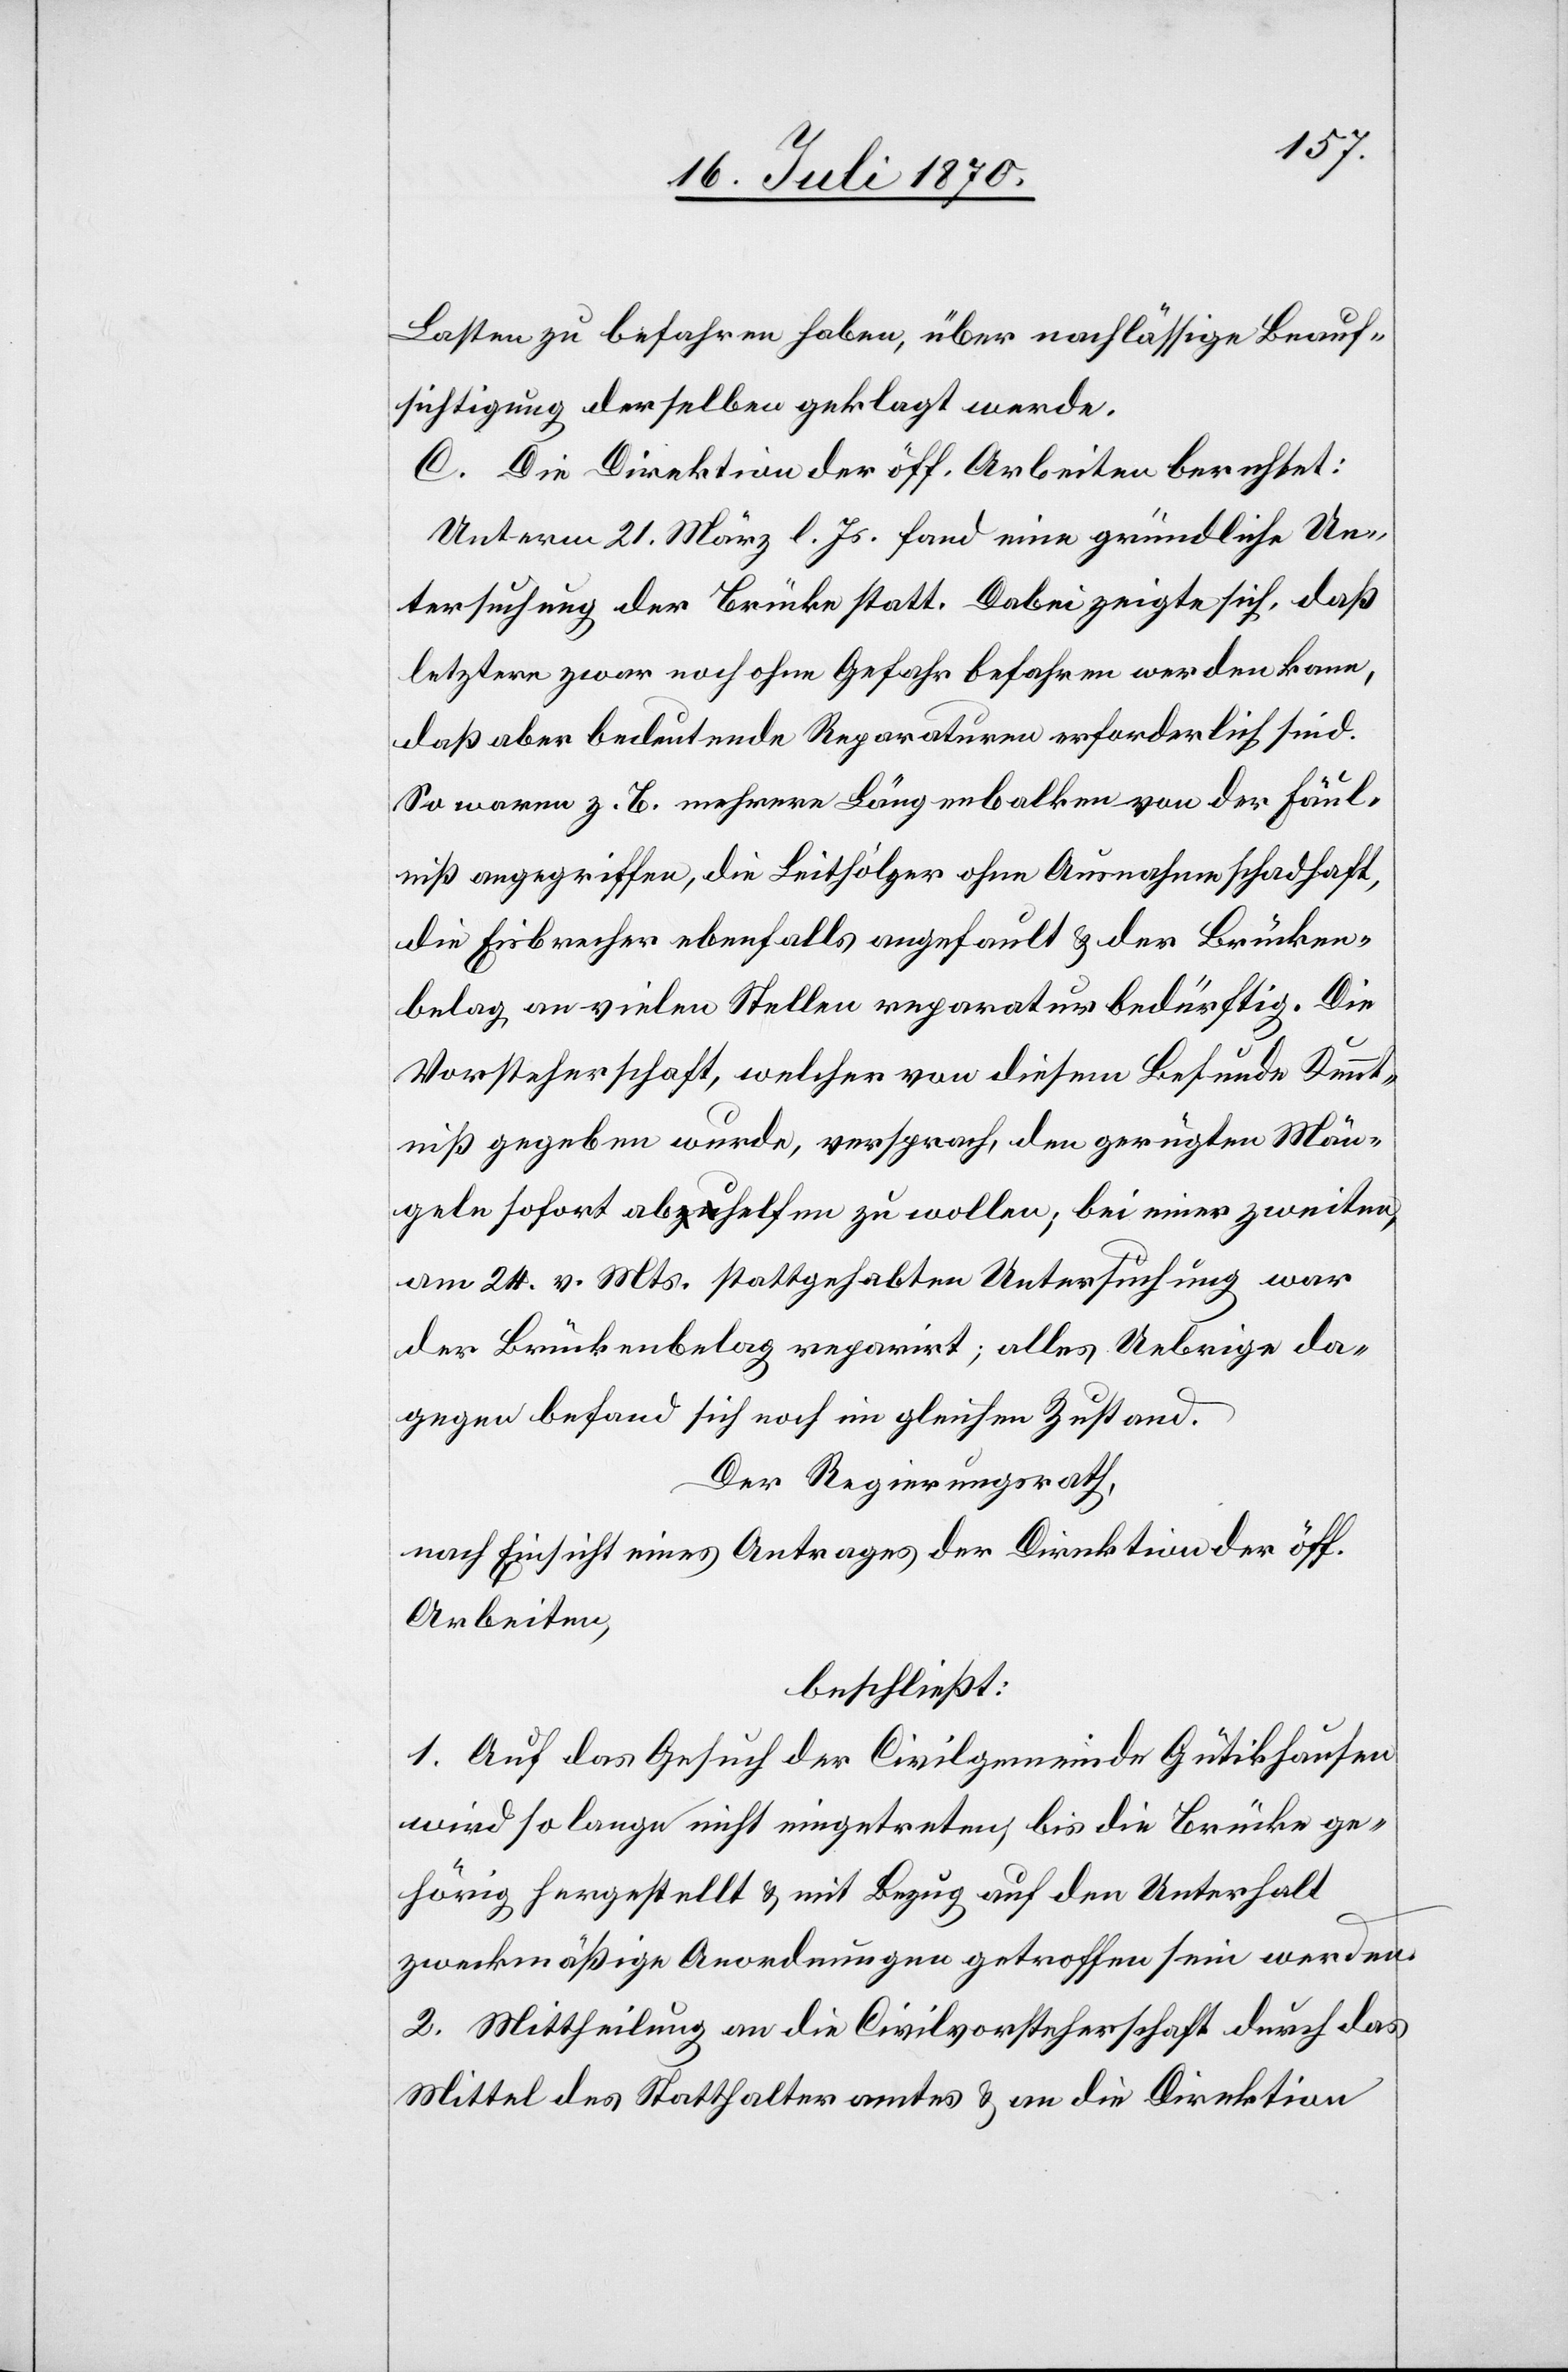
Lasten zu befahren haben, über nachlässige Beauf¬
sichtigung derselben geklagt werde.
C. Die Direktion der öff. Arbeiten berichtet:
Unterm 21. März l. Js. fand eine gründliche Un¬
tersuchung der Brücke statt. Dabei zeigte sich, daß
letztere zwar noch ohne Gefahr befahren werden kann,
daß aber bedeutende Reparaturen erforderlich sind.
So waren z. B. mehrere Längenbalken von der Fäul¬
niß angegriffen, die Leithölzer ohne Ausnahme schadhaft,
die Eisbrecher ebenfalls angefault & der Brücken¬
belag an vielen Stellen reparaturbedürftig. Die
Vorsteherschaft, welcher von diesem Befunden Kennt¬
niß gegeben wurde, versprach, den gerügten Män¬
geln sofort abhelfen zu wollen; bei einer weiten,
am 24. v. Mts. stattgehabten Untersuchung war
der Brückenbelag reparirt; alles Uebrige da¬
gegen befand sich noch in gleichem Zustand.
Der Regierungsrath,
nach Einsicht eines Antrages der Direktion der öff.
Arbeiten,
beschließt:
1. Auf das Gesuch der Civilgemeinde Gütikhausen
wird so lange nicht eingetreten, bis die Brücke ge¬
hörig hergestellt & mit Bezug auf den Unterhalt
zweckmäßige Anordnungen getroffen sein werden.
2. Mittheilung an die Civilvorsteherschaft durch das
Mittel des Statthalteramtes & an die Direktion